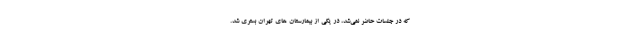
که در جلسات حاضر نمی‌شد،‌ در یکی از بیمارستان های تهران بستری شد.